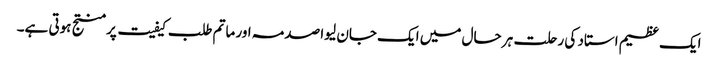
ایک عظیم استاد کی رحلت ہر حال میں ایک جان لیوا صدمہ اور ماتم طلب کیفیت پر منتج ہوتی ہے۔